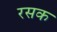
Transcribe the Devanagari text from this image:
रसक